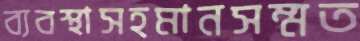
ব্যবস্থাসহমানসম্মত